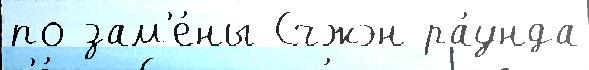
по зам'е́ны Счжэн ра́унда